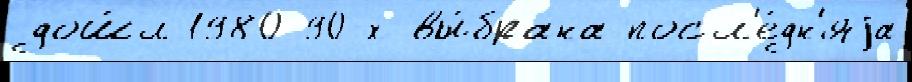
дош́л 1980-90-х вы́брана посл'е́дн'яjа